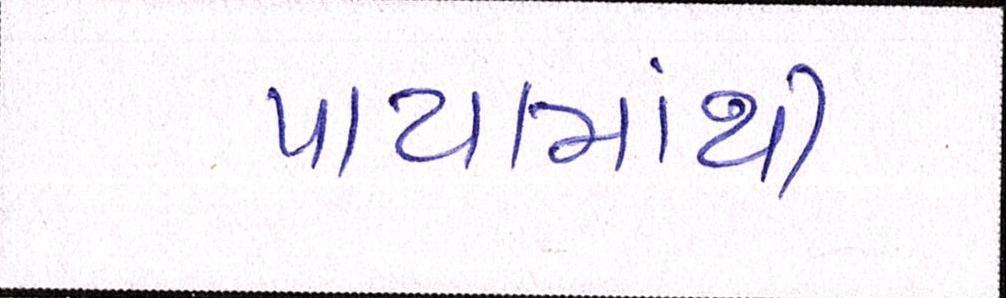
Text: પાયામાંથી